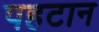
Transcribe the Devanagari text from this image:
पहटान